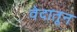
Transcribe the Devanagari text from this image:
वेदातून